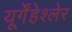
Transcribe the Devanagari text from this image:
यूर्गेंहेश्लेर